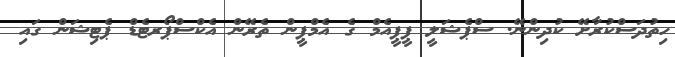
ހިތުދަސްކުރާށޭ ކުދިންނޭ. ސްޕެޝަލީ ޕީޕީއެމް ގެ އެމްޕީން ތެރޭން އެކްސްޕޯރޓެޑް ޕެޓިޝަން ގައި